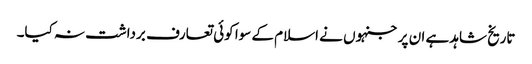
تاریخ شاہد ہے ان پر جنہوں نے اسلام کے سوا کوئی تعارف برداشت نہ کیا۔